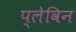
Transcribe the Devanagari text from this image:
प्लेविन